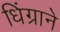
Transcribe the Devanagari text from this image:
धिंग्राने